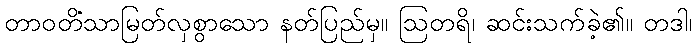
တာဝတိံသာမြတ်လှစွာသော နတ်ပြည်မှ။ ဩတရိ၊ ဆင်းသက်ခဲ့၏။ တဒါ၊